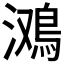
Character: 𱈤